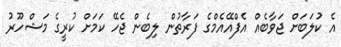
އެ ކުލަބަށް ޖަވާބެއް އެފްއޭއެމްގެ ފަރާތުން ލިބެން ޖެހޭ ކަމަށް ކުރީގެ މަޝްހޫރު